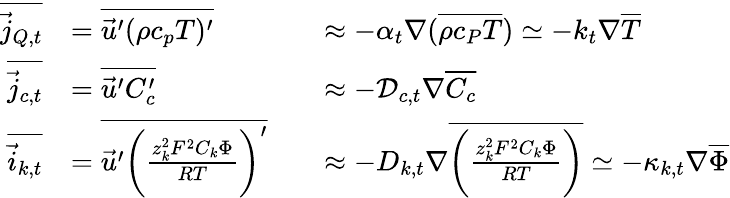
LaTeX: \begin{array}{r}{\begin{array}{rlrl}{\overline{{\vec{j}_{Q,t}}}}&{=\overline{{\vec{u}^{\prime}(\rho c_{p}T)^{\prime}}}}&&{\approx-\alpha_{t}\nabla(\overline{{\rho c_{P}T}})\simeq-k_{t}\nabla\overline{{T}}}\\ {\overline{{\vec{j}_{c,t}}}}&{=\overline{{\vec{u}^{\prime}C_{c}^{\prime}}}}&&{\approx-{\mathcal{D}_{c,t}}\nabla\overline{{C_{c}}}}\\ {\overline{{\vec{i}_{k,t}}}}&{=\overline{{\vec{u}^{\prime}\biggl(\frac{z_{k}^{2}F^{2}C_{k}\Phi}{RT}\biggr)^{\prime}}}}&&{\approx-D_{k,t}\nabla\overline{{\biggl(\frac{z_{k}^{2}F^{2}C_{k}\Phi}{RT}\biggr)}}\simeq-\kappa_{k,t}\nabla\overline{{\Phi}}}\end{array}}\end{array}